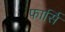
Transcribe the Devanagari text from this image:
फार्सि